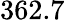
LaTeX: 362.7